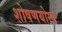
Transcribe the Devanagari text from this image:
शोषणयोग्य